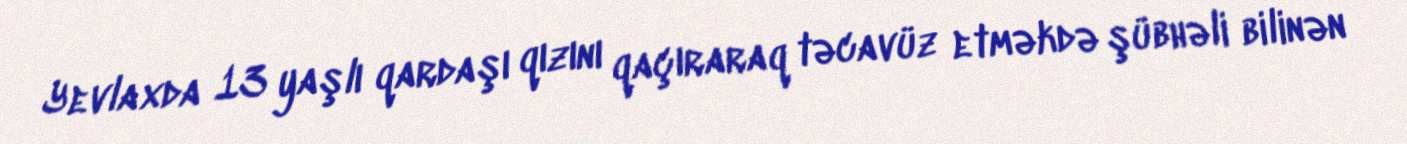
Yevlaxda 13 yaşlı qardaşı qızını qaçıraraq təcavüz etməkdə şübhəli bilinən